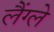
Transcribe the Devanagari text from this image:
लैंग्ले